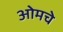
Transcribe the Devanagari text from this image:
ओमचे